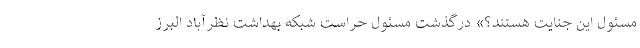
مسئول این جنایت هستند؟» درگذشت مسئول حراست شبکه بهداشت نظرآباد البرز